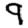
Digit: 9